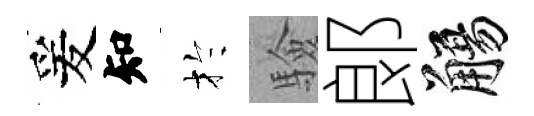
爰知扵驗郞觴